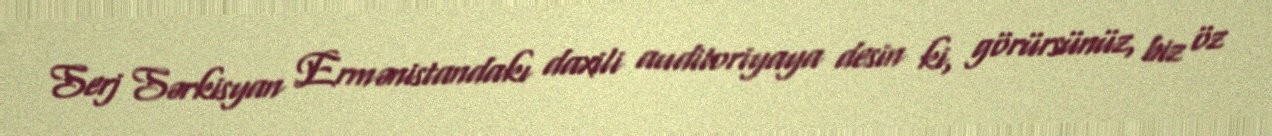
Serj Sərkisyan Ermənistandakı daxili auditoriyaya desin ki, görürsünüz, biz öz